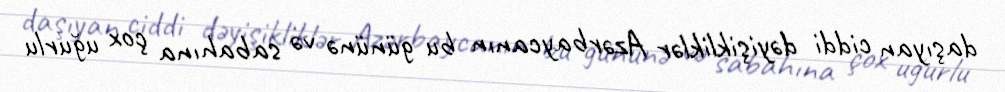
daşıyan ciddi dəyişikliklər Azərbaycanın bu gününə və sabahına çox uğurlu